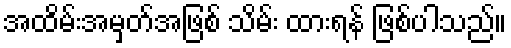
အထိမ်းအမှတ်အဖြစ် သိမ်း ထားရန် ဖြစ်ပါသည်။